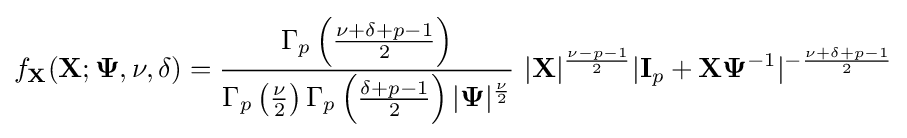
f_{\mathbf {X} }({\mathbf {X} };{\mathbf {\Psi } },\nu ,\delta )={\frac {\Gamma _{p}\left({\frac {\nu +\delta +p-1}{2}}\right)}{\Gamma _{p}\left({\frac {\nu }{2}}\right)\Gamma _{p}\left({\frac {\delta +p-1}{2}}\right)|\mathbf {\Psi } |^{\frac {\nu }{2}}}}~|{\mathbf {X} }|^{\frac {\nu -p-1}{2}}|{\textbf {I}}_{p}+{\mathbf {X} }\mathbf {\Psi } ^{-1}|^{-{\frac {\nu +\delta +p-1}{2}}}